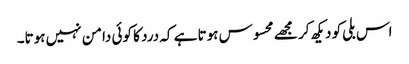
اس بلی کو دیکھ کر مجھے محسوس ہوتا ہے کہ درد کا کوئی دامن نہیں ہوتا۔